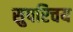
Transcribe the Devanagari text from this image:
सुपरिचय